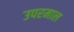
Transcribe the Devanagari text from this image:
उपरमाल